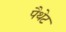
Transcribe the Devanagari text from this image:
पैथेट